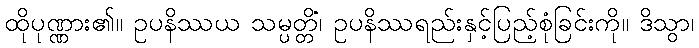
ထိုပုဏ္ဏား၏။ ဥပနိဿယ သမ္ပတ္တိံ၊ ဥပနိဿရည်းနှင့်ပြည့်စုံခြင်းကို။ ဒိသွာ၊